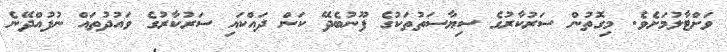
ވަށްޓާލުމަށެވެ. މިގޮތުން ސަރުކާރުގެ ސިޔާސަތުތަކުގެ ފޫނުބެދޭ ކަން ދައްކައި ސަރުކާރުގެ ވައުދުތައް ނުފުއްދޭނެ